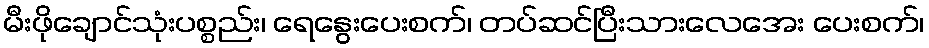
မီးဖိုချောင်သုံးပစ္စည်း၊ ရေနွေးပေးစက်၊ တပ်ဆင်ပြီးသားလေအေး ပေးစက်၊